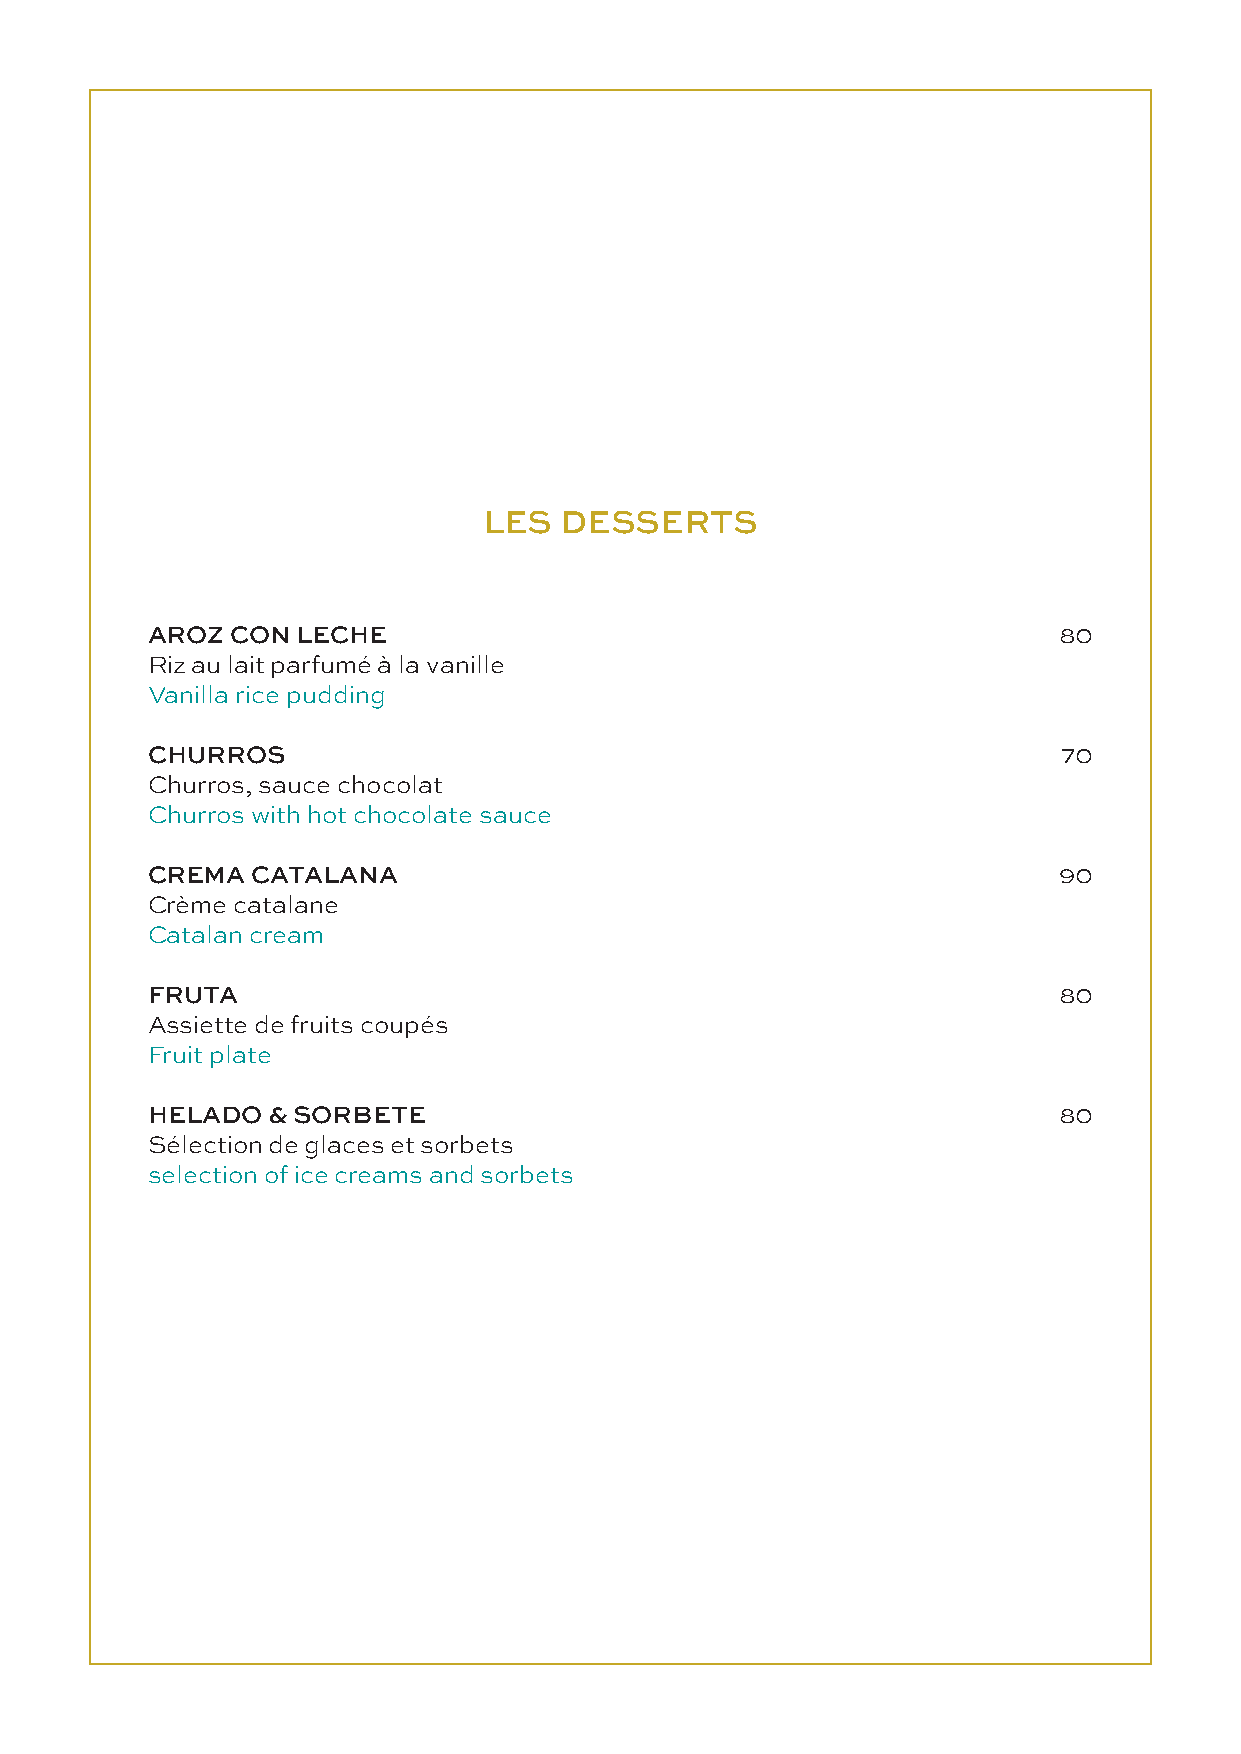
LES  DESSERTS
 AROZ CON  LECHE                                             80
 Riz au lait parfumé à la vanille
 Vanilla rice pudding
 CHURROS                                                     70
 Churros, sauce chocolat
 Churros with hot chocolate sauce
 CREMA  CATALANA                                             90
 Crème catalane
 Catalan cream
 FRUTA                                                       80
 Assiette de fruits coupés
 Fruit plate
 HELADO  & SORBETE                                           80
 Sélection de glaces et sorbets
 selection of ice creams and sorbets